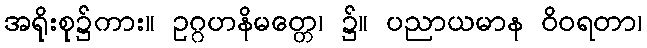
အရိုးစု၌ကား။ ဥဂ္ဂဟနိမတ္တေ၊ ၌။ ပညာယမာန ဝိဝရတာ၊